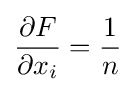
{\frac {\partial F}{\partial x_{i}}}={\frac {1}{n}}